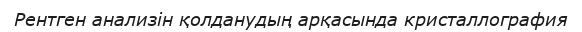
Рентген анализін қолданудың арқасында кристаллография